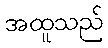
အထူသည်